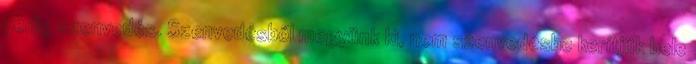
pedig szenvedés. Szenvedésből megyünk ki, nem szenvedésbe kerítjük bele